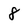
Character: 8